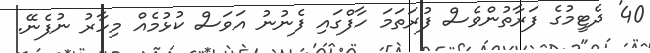
40' ދެޓީމުގެ ފަރާތުންވެސް ފުރަތަމަ ހާފްގައި ފެނުނު އަވަސް ކުޅުމެއް މިހާރު ނުފެނޭ.